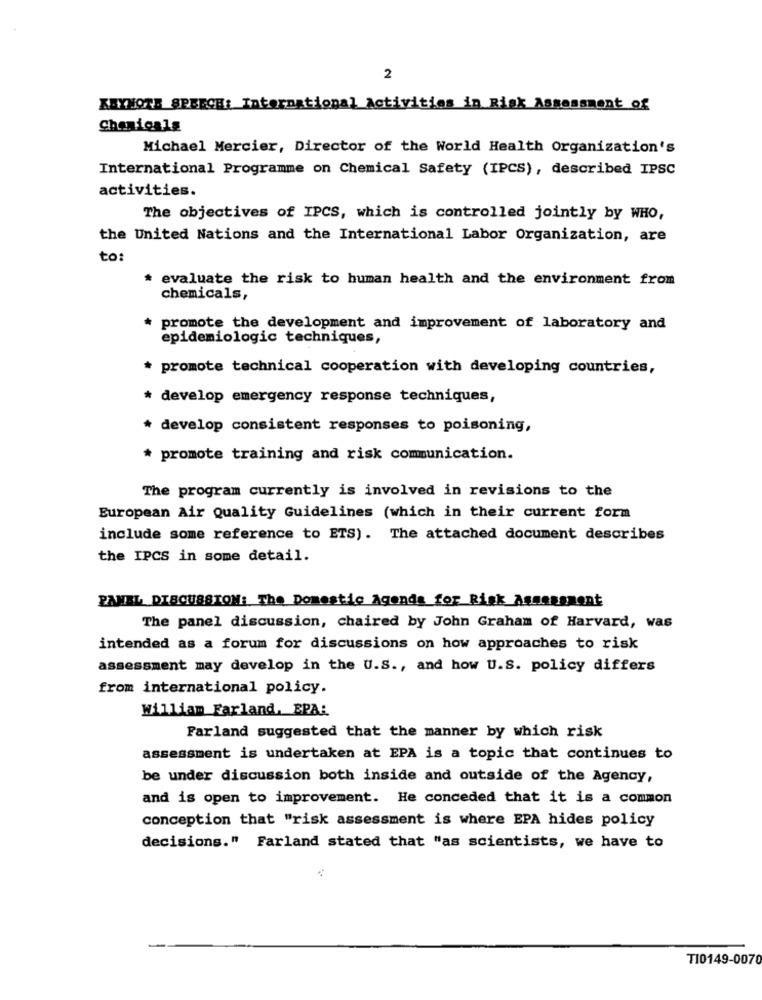
2
KEYNOTE SPEECH: International Activities in Risk Assessment of
Chanicalg
Michael Mercier, Director of the World Health Organization's
International Programme on Chemical Safety (IPCS), described IPSC
activities.
The objectives of IPCS, which is controlled jointly by WHO,
the United Nations and the International Labor Organization, are
to:
evaluate the risk to human health and the environment from
chemicals,
promote the development and improvement of laboratory and
epidemiologic techniques,
* promote technical cooperation with developing countries,
* develop emergency response techniques,
* develop consistent responses to poisoning,
* promote training and risk communication.
The program currently is involved in revisions to the
European Air Quality Guidelines (which in their current form
include some reference to ETS). The attached document describes
the IPCS in some detail.
PANEL DISCUSSION: The Domestic Agenda for Risk Assessment
The panel discussion, chaired by John Graham of Harvard, was
intended as a forum for discussions on how approaches to risk
assessment may develop in the U.S ., and how U.s. policy differs
from international policy.
William Farland. EPA:
Farland suggested that the manner by which risk
assessment is undertaken at EPA is a topic that continues to
be under discussion both inside and outside of the Agency,
and is open to improvement. He conceded that it is a common
conception that "risk assessment is where EPA hides policy
decisions." Farland stated that "as scientists, we have to
TI0149-0070